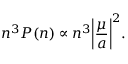
n ^ { 3 } P ( n ) \propto n ^ { 3 } \biggl \vert \frac { \mu } { a } \biggr \vert ^ { 2 } .